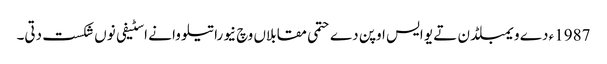
1987ء دے ویمبلڈن تے یو ایس اوپن دے حتمی مقابلاں وچ نیوراتیلووا نے اسٹیفی نو‏‏ں شکست دتی۔